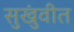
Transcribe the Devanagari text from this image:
सुखुंवीत